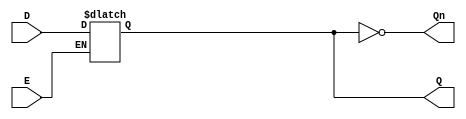
module async_gated_latch (
    input wire D,       // Data input
    input wire E,       // Enable/control signal
    output reg Q,       // Output
    output wire Qn      // Inverted output
);

    // Inverted output
    assign Qn = ~Q;

    // Always block to model the behavior of the latch
    always @* begin
        if (E) begin
            Q = D;  // When E is high, Q follows D
        end
        // When E is low, Q retains its current state (no assignment needed)
    end

endmodule